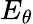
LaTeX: E_{\theta}